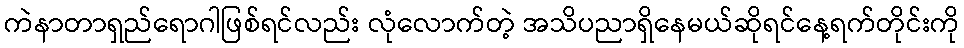
ကဲနာတာရှည်ရောဂါဖြစ်ရင်လည်း လုံလောက်တဲ့ အသိပညာရှိနေမယ်ဆိုရင်နေ့ရက်တိုင်းကို